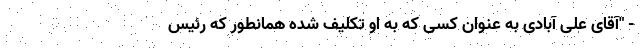
- "آقای علی آبادی به عنوان کسی که به او تکلیف شده همانطور که رئیس